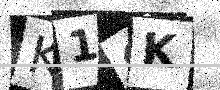
Text: K1OK